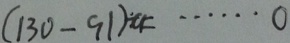
( 1 3 0 - 9 1 ) \div a = \cdots 0